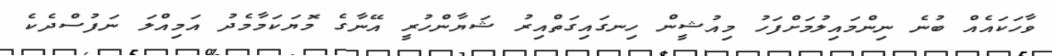
ވާހަކައެއް ބުނެ ނިންމައިލުމަށްފަހު މިއުޝީން ހިނގައިގަތްއިރު ޝަޔާންހުރީ އޭނާގެ މޮޔަކަމާމެދު އަމިއްލަ ނަފުސްދެކެ